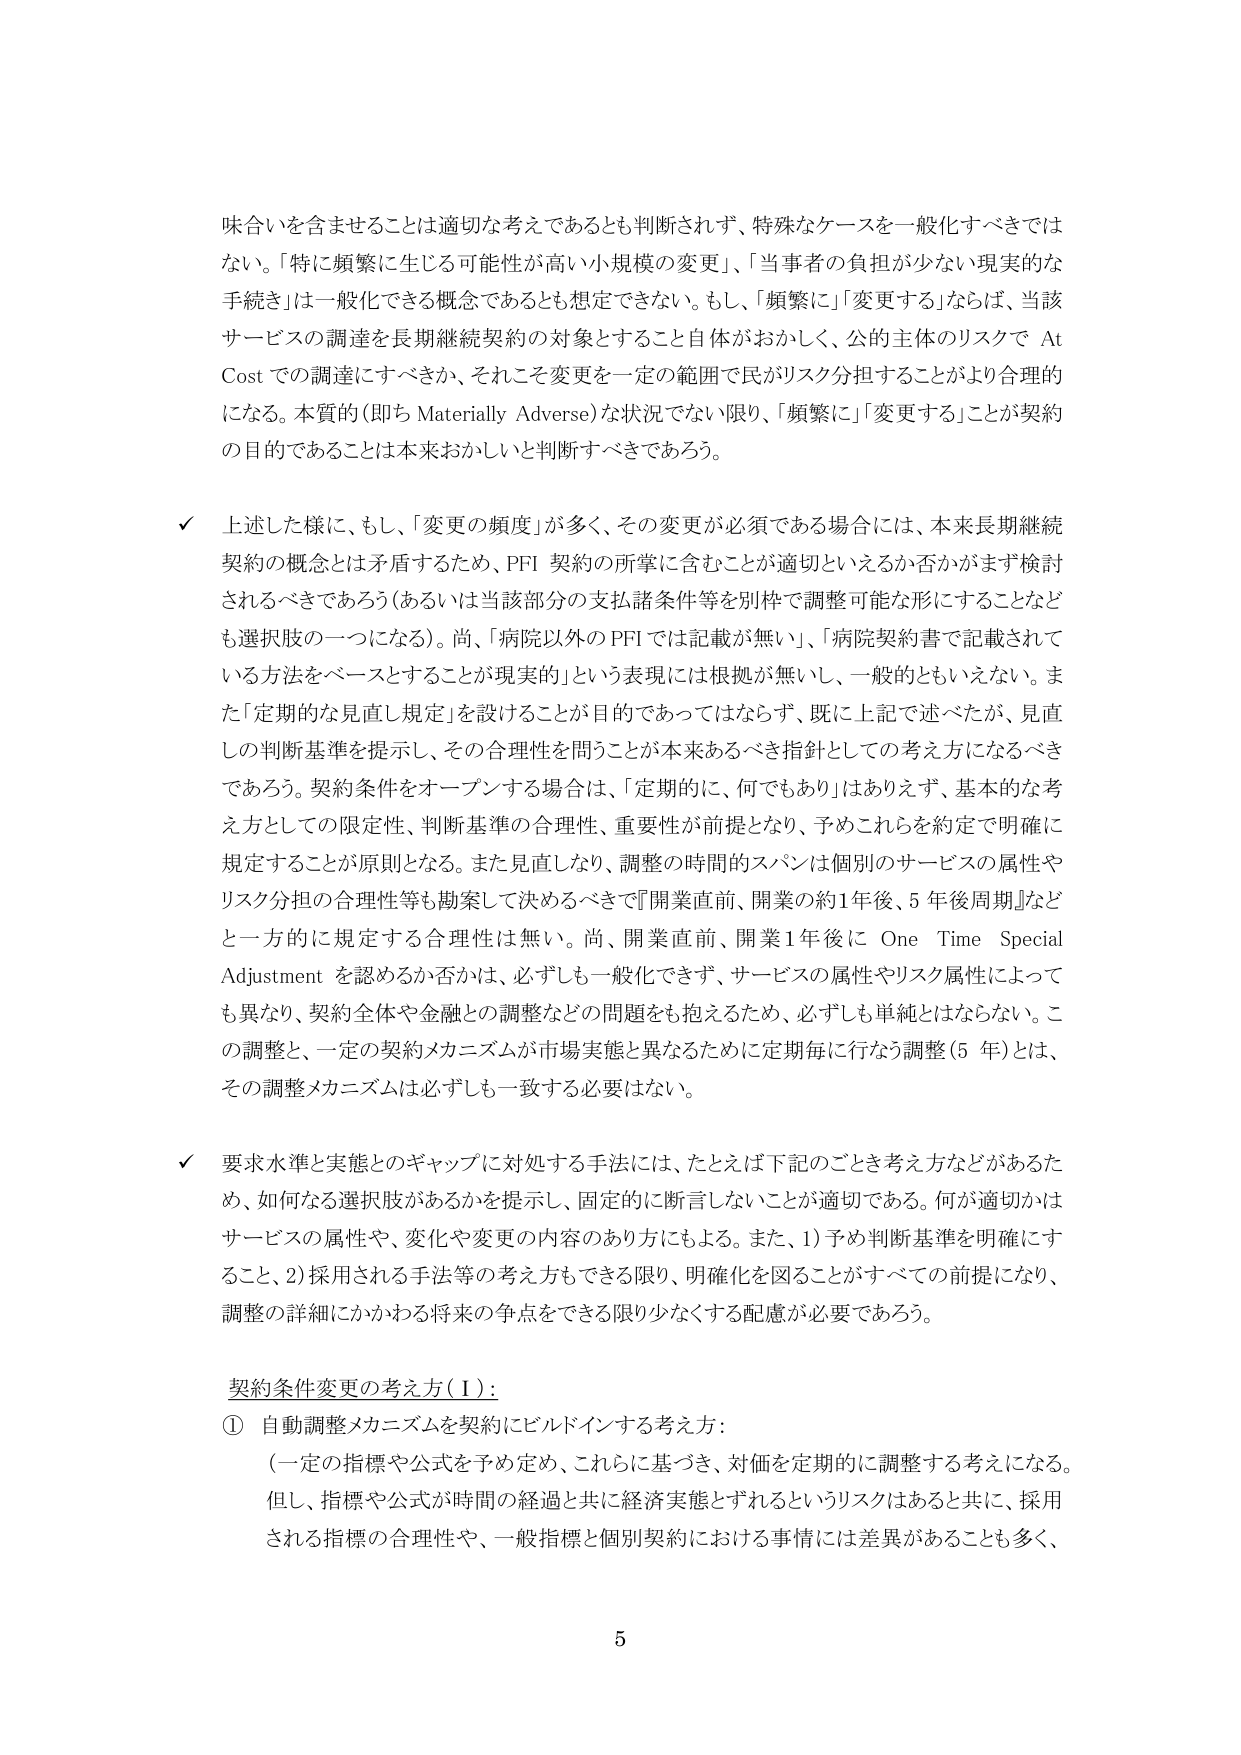
味合いを含ませることは適切な考えであるとも判断されず、特殊なケースを一般化すべきではない。「特に頻繁に生じる可能性が高い小規模の変更」、「当事者の負担が少ない現実的な手続き」は一般化できる概念であるとも想定できない。もし、「頻繁に」「変更する」ならば、当該サービスの調達を長期継続契約の対象とすること自体がおかしく、公的主体のリスクで At Cost での調達にすべきか、それこそ変更を一定の範囲で民がリスク分担することがより合理的になる。本質的（即ち Materially Adverse）な状況でない限り、「頻繁に」「変更する」ことが契約の目的であることは本来おかしいと判断すべきであろう。

✓ 上述した様に、もし、「変更の頻度」が多く、その変更が必須である場合には、本来長期継続契約の概念とは矛盾するため、PFI 契約の所掌に含むことが適切といえるか否かがまず検討されるべきであろう（あるいは当該部分の支払諸条件等を別枠で調整可能な形にすることなども選択肢の一つになる）。尚、「病院以外のPFIでは記載が無い」、「病院契約書で記載されている方法をベースとすることが現実的」という表現には根拠が無いし、一般的ともいえない。また「定期的な見直し規定」を設けることが目的であってはならず、既に上記で述べたが、見直しの判断基準を提示し、その合理性を問うことが本来あるべき指針としての考え方になるべきであろう。契約条件をオープンする場合は、「定期的に、何でもあり」はありえず、基本的な考え方としての限定性、判断基準の合理性、重要性が前提となり、予めこれらを約定で明確に規定することが原則となる。また見直しなり、調整の時間的スパンは個別のサービスの属性やリスク分担の合理性等も勘案して決めるべきで『開業直前、開業の約1年後、5年後周期』などと一方的に規定する合理性は無い。尚、開業直前、開業1年後に One Time Special Adjustment を認めるか否かは、必ずしも一般化できず、サービスの属性やリスク属性によっても異なり、契約全体や金融との調整などの問題をも抱えるため、必ずしも単純とはならない。この調整と、一定の契約メカニズムが市場実態と異なるために定期毎に行なう調整（5年）とは、その調整メカニズムは必ずしも一致する必要はない。

✓ 要求水準と実態とのギャップに対処する手法には、たとえば下記のごとき考え方などがあるため、如何なる選択肢があるかを提示し、固定的に断言しないことが適切である。何が適切かはサービスの属性や、変化や変更の内容のあり方にもよる。また、1）予め判断基準を明確にすること、2）採用される手法等の考え方もできる限り、明確化を図ることがすべての前提になり、調整の詳細にかかわる将来の争点をできる限り少なくする配慮が必要であろう。

契約条件変更の考え方（1）：
① 自動調整メカニズムを契約にビルドインする考え方：
（一定の指標や公式を予め定め、これらに基づき、対価を定期的に調整する考えになる。但し、指標や公式が時間の経過と共に経済実態とずれるというリスクはあると共に、採用される指標の合理性や、一般指標と個別契約における事情には差異があることも多く、

5